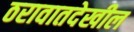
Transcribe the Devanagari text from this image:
ठरावातदेखील